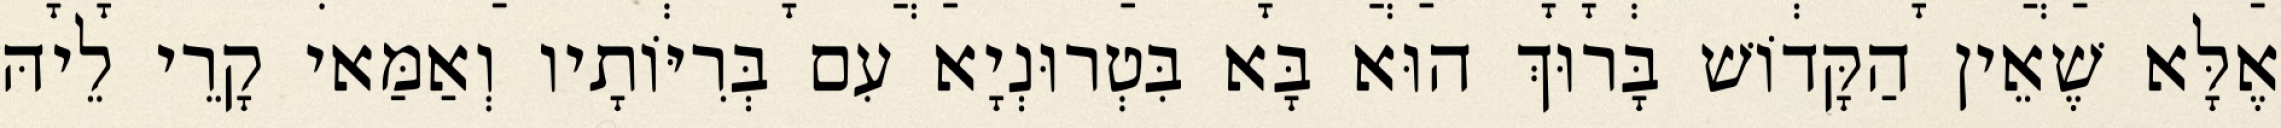
אֶלָּא שֶׁאֵין הַקָּדוֹשׁ בָּרוּךְ הוּא בָּא בִּטְרוּנְיָא עִם בְּרִיּוֹתָיו וְאַמַּאי קָרֵי לֵיהּ